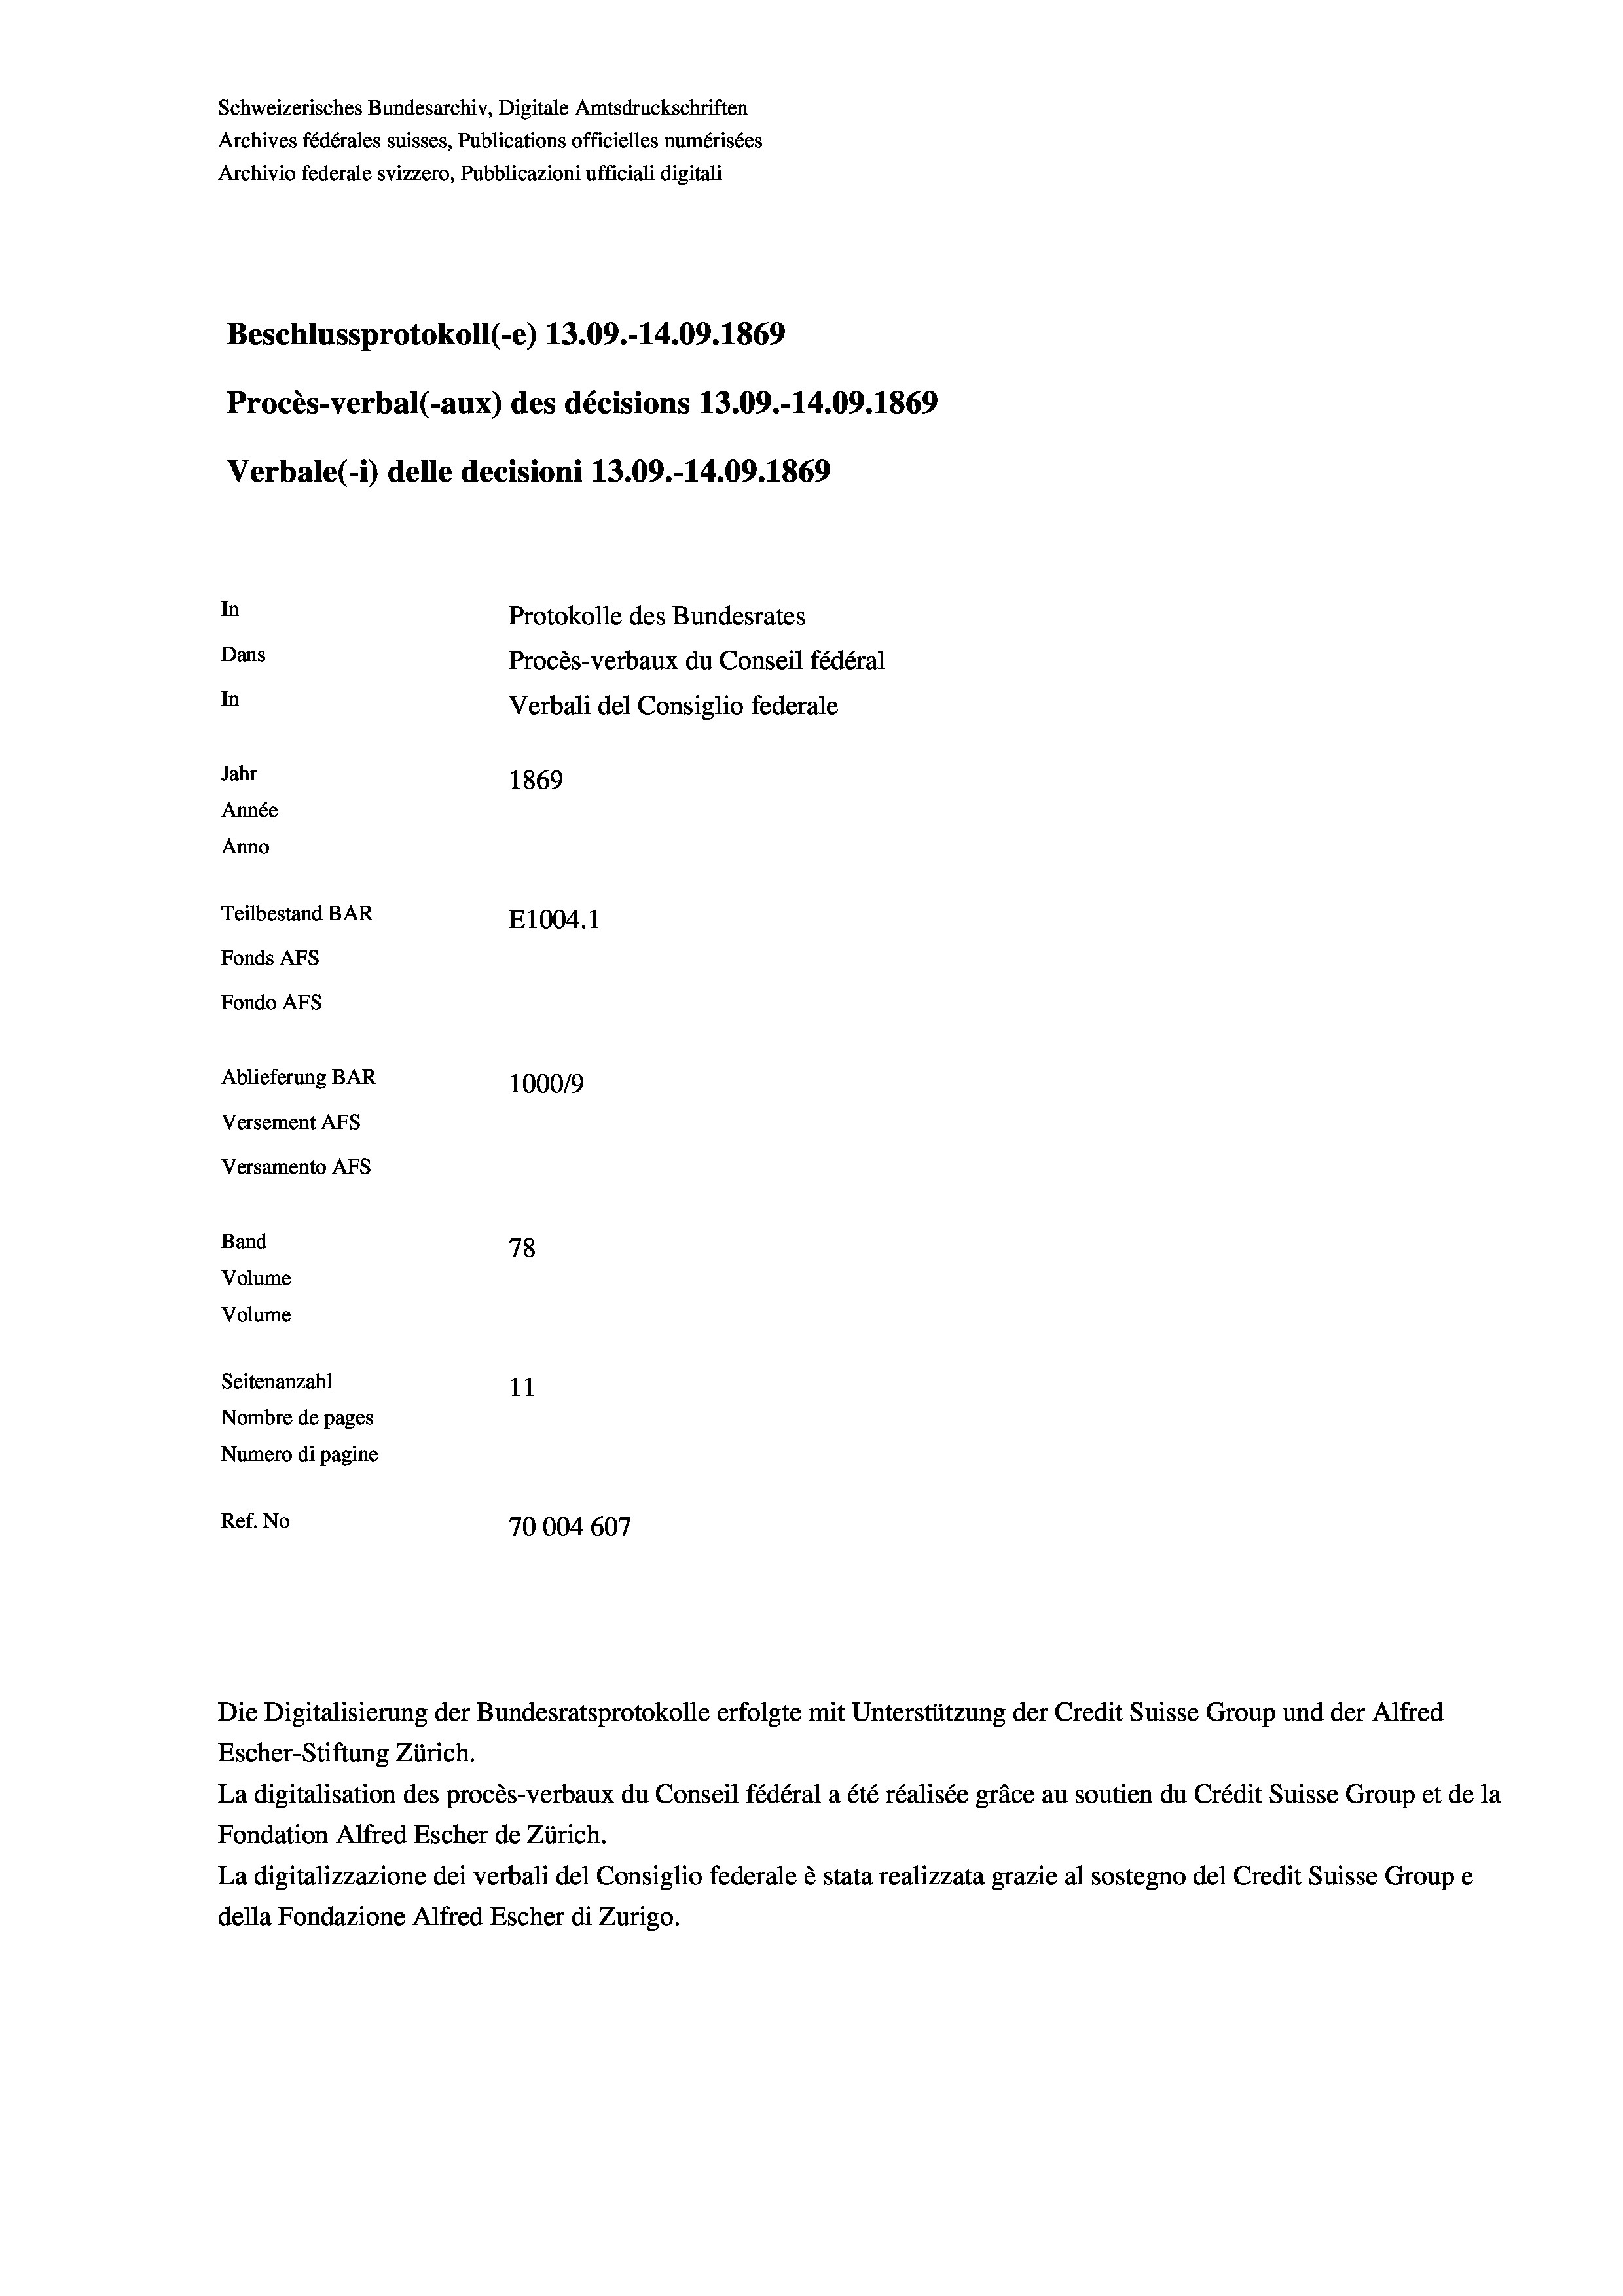
Schweizerisches Bundesarchiv, Digitale Amtsdruckschriften
Archives fédérales suisses, Publications officielles numérisées
Archivio federale svizzero, Pubblicazioni ufficiali digitali
Beschlussprotokoll (-e) 13.09.-14.09. 1869
Procès-verbal (-aux) des décisions 13.09.-14.09. 1869
Verbale (i) delle decisioni 13.09.-14.09. 1869
In
Protokolle des Bundesrates
Dans
Procès-verbaux du Conseil fédéral
In
Verbali del Consiglio federale
Jahr
1869
Année
Anno
Teilbestand BAR
E1004.1
Fonds AFs
Fondo Afs
Ablieferung BAR
100019
Versement As
Versamento AFs
Band
78
Volume
Volume
Seitenanzahl
11
Nombre de pages
Numero di pagine
Ref. No
70004 607

Die Digitalisierung der Bundesratsprotokolle erfolgte mit Unterstützung der Credit Suisse Group und der Alfred
Escher-Stiftung Zürich.
La digitalisation des procès-verbaux du Conseil fédéral a été réalisée gräce au soutien du Crédit Suisse Group et de la
Fondation Alfred Escher de Zürich.
La digitalizzazione dei verbali del Consiglio federale è stata realizzata grazie al sostegno del Credit Suisse Groupe
della Fondazione Alfred Escher di Zurigo.